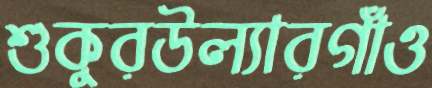
শুকুরউল্যারগাঁও